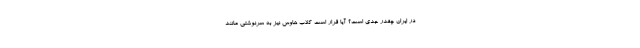
در ایران چقدر جدی است؟ آیا قرار است کلاب هاوس نیز به سرنوشتی مانند